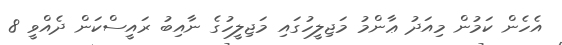
އެހެން ކަމުން މިއަދު ޢާންމު މަޖިލީހުގައި މަޖިލީހުގެ ނާއިބު ރައީސްކަން ދެއްވީ 8